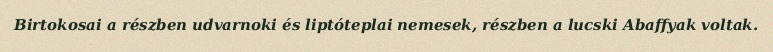
Birtokosai a részben udvarnoki és liptóteplai nemesek, részben a lucski Abaffyak voltak.